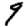
Digit: 9